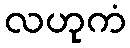
လဟုကံ